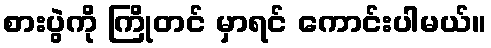
စားပွဲကို ကြိုတင် မှာရင် ကောင်းပါမယ်။